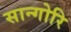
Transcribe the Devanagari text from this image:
सान्गोरि